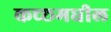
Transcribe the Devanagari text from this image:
कच्छ्मधील